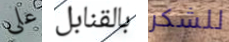
على بالقنابل للشكر